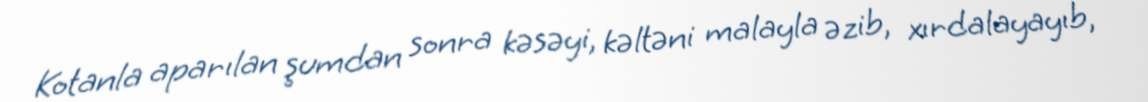
Kotanla aparılan şumdan sonra kəsəyi, kəltəni malayla əzib, xırdalayayıb,